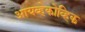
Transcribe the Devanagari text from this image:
आयव्हेकोव्हिक